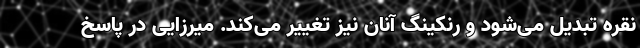
نقره تبدیل می‌شود و رنکینگ آنان نیز تغییر می‌کند. میرزایی در پاسخ